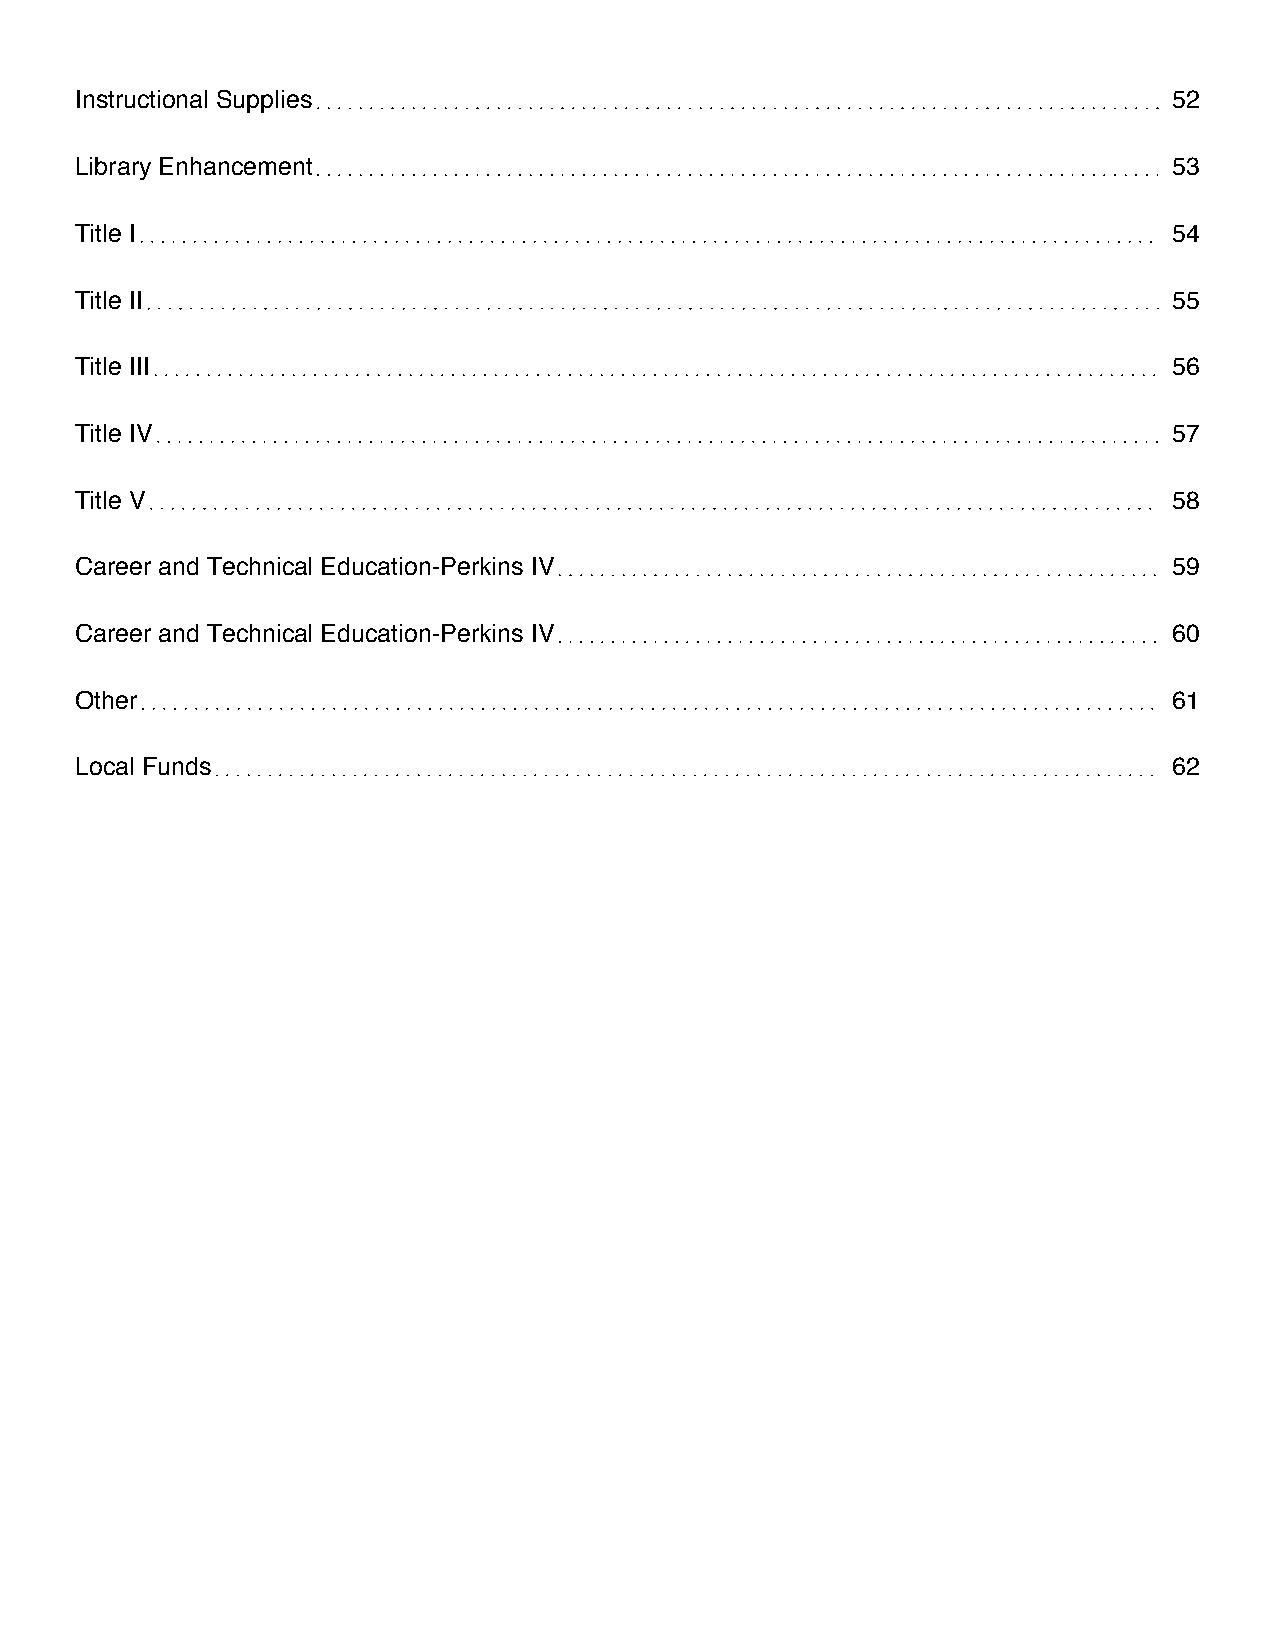
Instructional Supplies                                                   52
 Library Enhancement                                                      53
 Title I                                                                  54
 Title II                                                                 55
 Title III                                                                56
 Title IV                                                                 57
 Title V                                                                  58
 Career and Technical Education-Perkins IV                                59
 Career and Technical Education-Perkins IV                                60
 Other                                                                    61
 Local Funds                                                              62